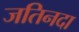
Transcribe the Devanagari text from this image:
जतिनदा